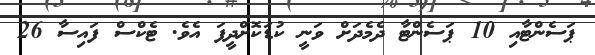
ޕަސެންޓާއި 10 ޕަސެންޓާ ދެމެދަށް ވަނީ ކުޑަކޮށްދީފަ އެވެ. ޓެކްސް ފައިސާ 26